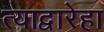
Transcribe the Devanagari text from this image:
त्याद्वारेहा